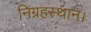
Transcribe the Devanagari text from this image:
निग्रहस्थान।